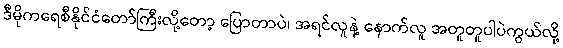
ဒီမိုကရေစီနိုင်ငံတော်ကြီးလို့တော့ ပြောတာပဲ၊ အရင်လူနဲ့ နောက်လူ အတူတူပါပဲကွယ်လို့